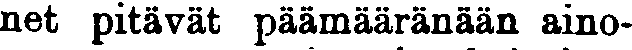
net pitävät päämääränään aino-